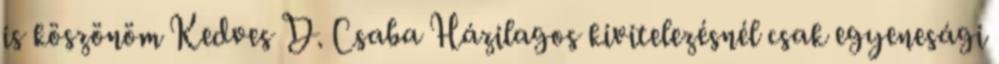
is köszönöm Kedves D. Csaba Házilagos kivitelezésnél csak egyenesági